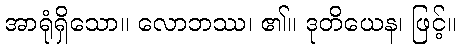
အာရုံရှိသော။ လောဘဿ၊ ၏။ ဒုတိယေန၊ ဖြင့်။